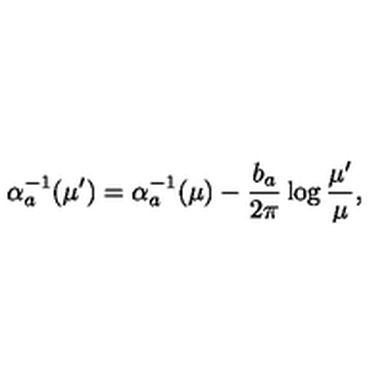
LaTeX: \alpha _ { a } ^ { - 1 } ( \mu ^ { \prime } ) = \alpha _ { a } ^ { - 1 } ( \mu ) - { \frac { b _ { a } } { 2 \pi } } \log { \frac { \mu ^ { \prime } } { \mu } } ,